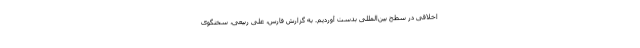
اخلاقی در سطح بین‌المللی بدست آوردیم. به گزارش فارس، علی ربیعی، سخنگوی